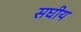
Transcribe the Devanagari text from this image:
सघीय